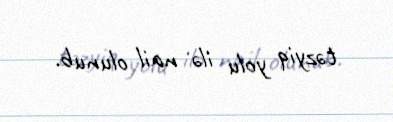
təzyiq yolu ilə nail olunub.